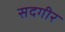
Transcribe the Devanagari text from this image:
सदगीर